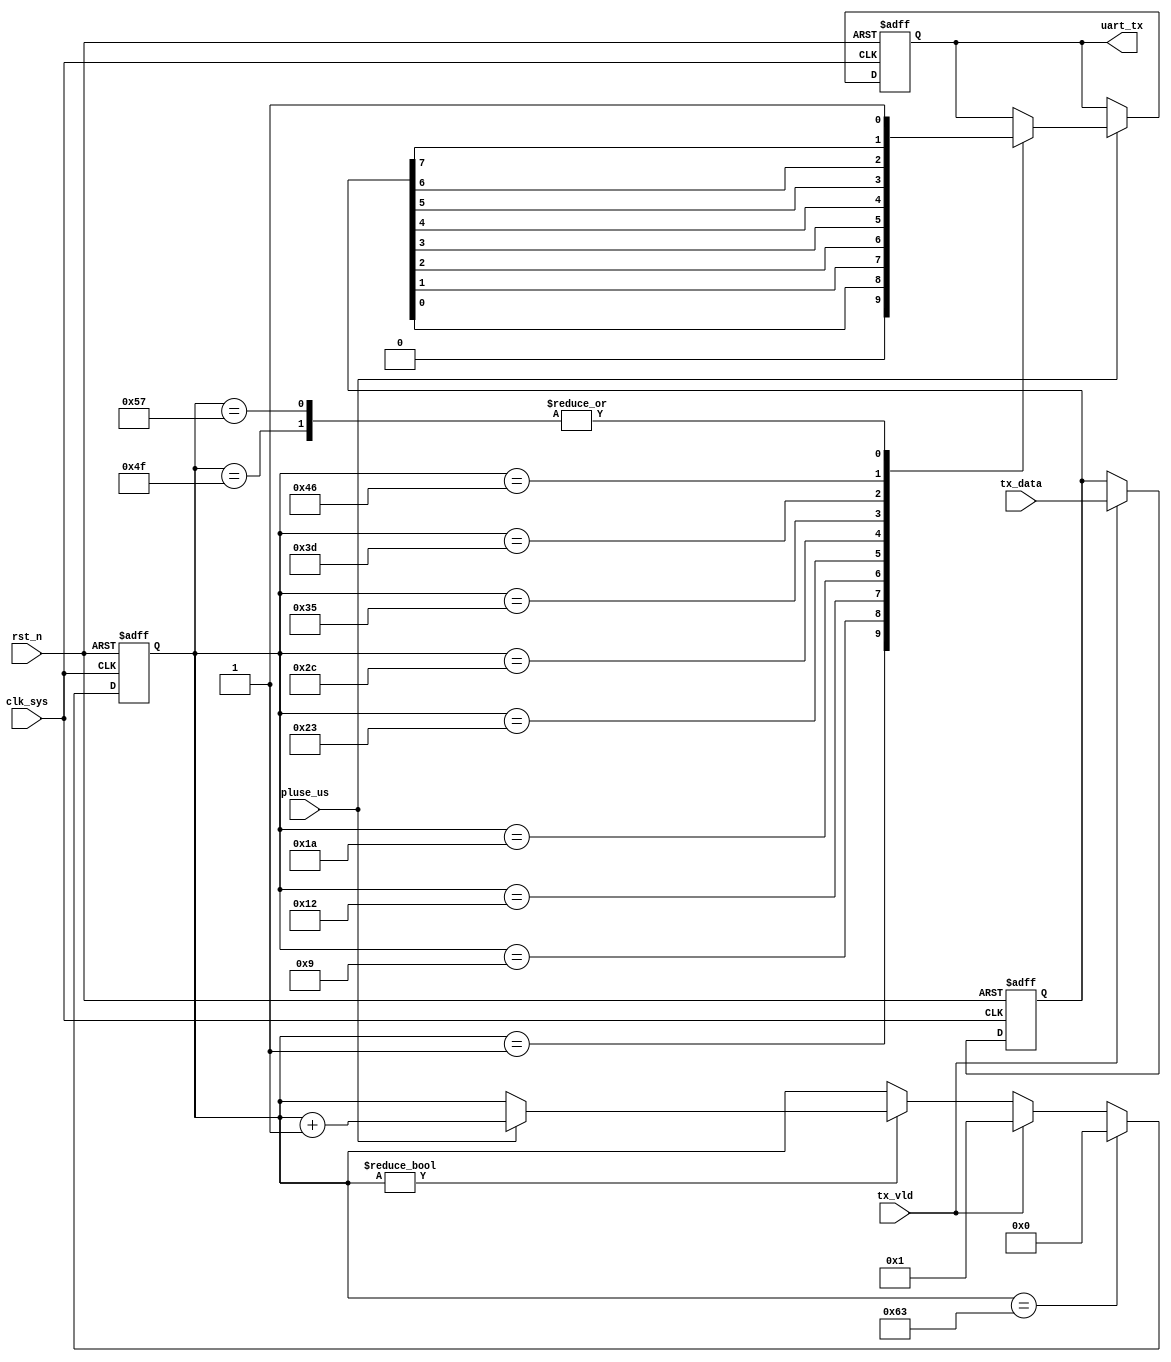
//phy_utx.v

module phy_utx(
uart_tx,
tx_data,
tx_vld,
//clk rst
clk_sys,
pluse_us,
rst_n
);
output uart_tx;
input [7:0]	tx_data;
input 			tx_vld;
//clk rst
input clk_sys;
input pluse_us;
input rst_n;
//---------------------------------
//---------------------------------


//--------- main counter ----------
reg [7:0] cnt_us;
always @ (posedge clk_sys or negedge rst_n)	begin
	if(~rst_n)
		cnt_us <= 8'd0;
	else if(cnt_us== 8'd99)
			cnt_us <= 8'd0;
	else if(tx_vld)
		cnt_us <= 8'd1;		
	else if(cnt_us != 8'd0)
			cnt_us <= pluse_us ? (cnt_us + 8'h1) : cnt_us;
	else ;
end

reg xor_tx;
reg [7:0] lock_tx;
always @ (posedge clk_sys or negedge rst_n)	begin
	if(~rst_n) begin
		xor_tx <= 1'b0;
		lock_tx <= 8'h0;
	end
	else if(tx_vld) begin
		xor_tx <= ^tx_data;
		lock_tx <= tx_data;
	end
	else ;
end


//--------- uart tx output ----------
reg uart_tx;
always @ (posedge clk_sys or negedge rst_n)	begin
	if(~rst_n)
		uart_tx <= 1'b1;
	else if(pluse_us)	begin
		case(cnt_us)
			8'd1 : uart_tx <= 1'b0;		//start bit
			8'd9 : uart_tx <= lock_tx[0];
			8'd18 : uart_tx <= lock_tx[1];
			8'd26 : uart_tx <= lock_tx[2];
			8'd35 : uart_tx <= lock_tx[3];
			8'd44 : uart_tx <= lock_tx[4];
			8'd53 : uart_tx <= lock_tx[5];
			8'd61 : uart_tx <= lock_tx[6];
			8'd70 : uart_tx <= lock_tx[7];
			8'd79 : uart_tx <= 1'b1;	//no XOR_TX
			8'd87 : uart_tx <= 1'b1;	//stop bit
			default : ;
		endcase
	end
	else ;
end
	
endmodule